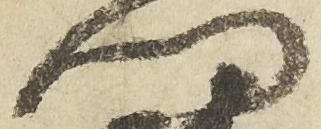
門